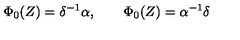
\Phi _ { 0 } ( Z ) = \delta ^ { - 1 } \alpha , \qquad \Phi _ { 0 } ( Z ) = \alpha ^ { - 1 } \delta